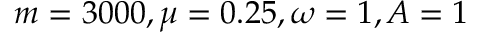
m = 3 0 0 0 , \mu = 0 . 2 5 , \omega = 1 , A = 1